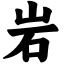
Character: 岩